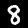
Label: 8